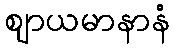
ဈာယမာနာနံ